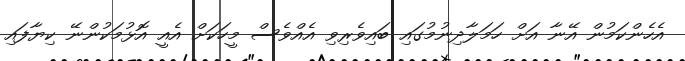
އެހެންކަމުން އޭނާ އަށް ހަމަލާދިނުމުގައި ބައިވެރިވި އެއްވެސް މީހަކަށް އެއީ އޮޅުމަކުންނޭ ކިޔާފައި